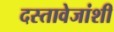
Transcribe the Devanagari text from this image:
दस्तावेजांशी